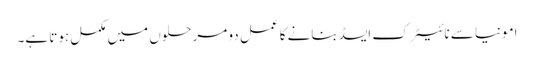
امونیا سے نائیٹرک ایسڈ بنانے کا عمل دو مرحلوں میں مکمل ہوتا ہے۔